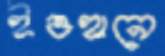
ইওহানে